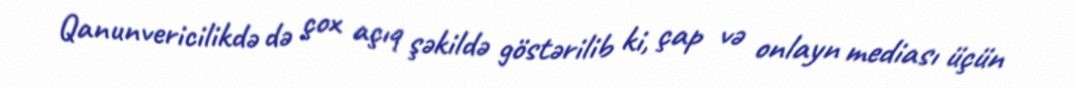
Qanunvericilikdə də çox açıq şəkildə göstərilib ki, çap və onlayn mediası üçün